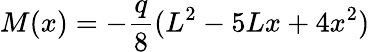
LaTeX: M(x)=-{\frac{q}{8}}(L^{2}-5Lx+4x^{2})